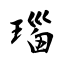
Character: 瑙